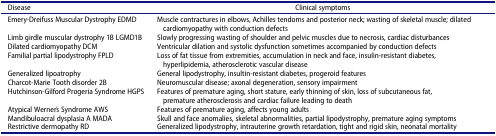
| Disease | Clinical symptoms |
 | --- | --- |
 | Emery-Dreifuss Muscular Dystrophy EDMD | Muscle contractures in elbows, Achilles tendoms and posterior neck; wasting of skeletal muscle; dilated cardiomyopathy with conduction defects |
 | Limb girdle muscular dystrophy 1B LGMD1B | Slowly progressing wasting of shoulder and pelvic muscles due to necrosis, cardiac disturbances |
 | Dilated cardiomyopathy DCM | Ventricular dilation and systolic dysfunction sometimes accompanied by conduction defects |
 | Familial partial lipodystrophy FPLD | Loss of fat tissue from extremities, accumulation in neck and face, insulin-resistant diabetes, hyperlipidemia, atherosclerotic vascular disease |
 | Generalized lipoatrophy | General lipodystrophy, insultin-resistant diabetes, progeroid features |
 | Charcot-Marie Tooth disorder 2B | Neuromuscular disease; axonal degeneration, sensory impairment |
 | Hutchinson-Gilford Progeria Syndrome HGPS | Features of premature aging, short stature, early thinning of skin, loss of subcutaneous fat, premature atherosclerosis and cardiac failure leading to death |
 | Atypical Werner ́s Syndrome AWS | Features of premature aging, affects young adults |
 | Mandibuloacral dysplasia A MADA | Skull and face anomalies, skeletal abnormalities, partial lipodystrophy, premature aging symptoms |
 | Restrictive dermopathy RD | Generalized lipodystrophy, intrauterine growth retardation, tight and rigid skin, neonatal mortality |